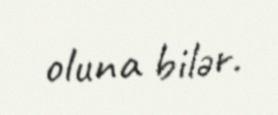
oluna bilər.